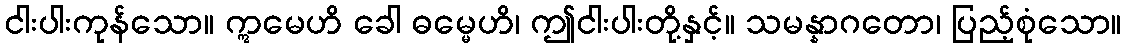
ငါးပါးကုန်သော။ ဣမေဟိ ခေါ ဓမ္မေဟိ၊ ဤငါးပါးတို့နှင့်။ သမန္နာဂတော၊ ပြည့်စုံသော။